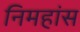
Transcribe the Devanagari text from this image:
निमहांस